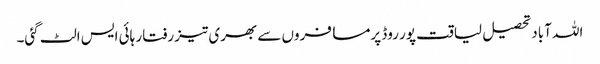
اللہ آباد تحصیل لیاقت پور روڈ پرمسافروں سے بھری تیز رفتار ہائی ایس الٹ گئی۔